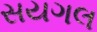
સયગલ